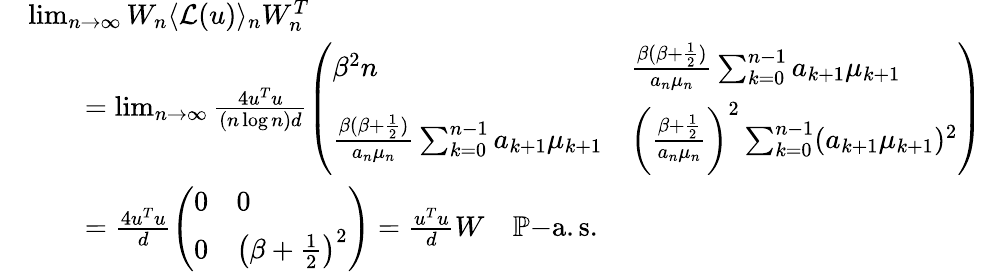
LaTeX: \begin{array}{rl}&{\operatorname*{lim}_{n\to\infty}W_{n}\langle\mathcal{L}(u)\rangle_{n}W_{n}^{T}}\\ &{\quad\quad=\operatorname*{lim}_{n\to\infty}\frac{4u^{T}u}{(n\log n)d}\left(\begin{array}{ll}{\beta^{2}n}&{\frac{\beta(\beta+\frac{1}{2})}{a_{n}\mu_{n}}\sum_{k=0}^{n-1}a_{k+1}\mu_{k+1}}\\ {\frac{\beta(\beta+\frac{1}{2})}{a_{n}\mu_{n}}\sum_{k=0}^{n-1}a_{k+1}\mu_{k+1}}&{\bigg(\frac{\beta+\frac{1}{2}}{a_{n}\mu_{n}}\bigg)^{2}\sum_{k=0}^{n-1}(a_{k+1}\mu_{k+1})^{2}}\end{array}\right)}\\ &{\quad\quad=\frac{4u^{T}u}{d}\left(\begin{array}{ll}{0}&{0}\\ {0}&{\big(\beta+\frac{1}{2}\big)^{2}}\end{array}\right)=\frac{u^{T}u}{d}W\quad\mathbb{P}\mathrm{-a.s.}}\end{array}